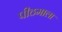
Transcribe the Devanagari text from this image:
पीठमाला